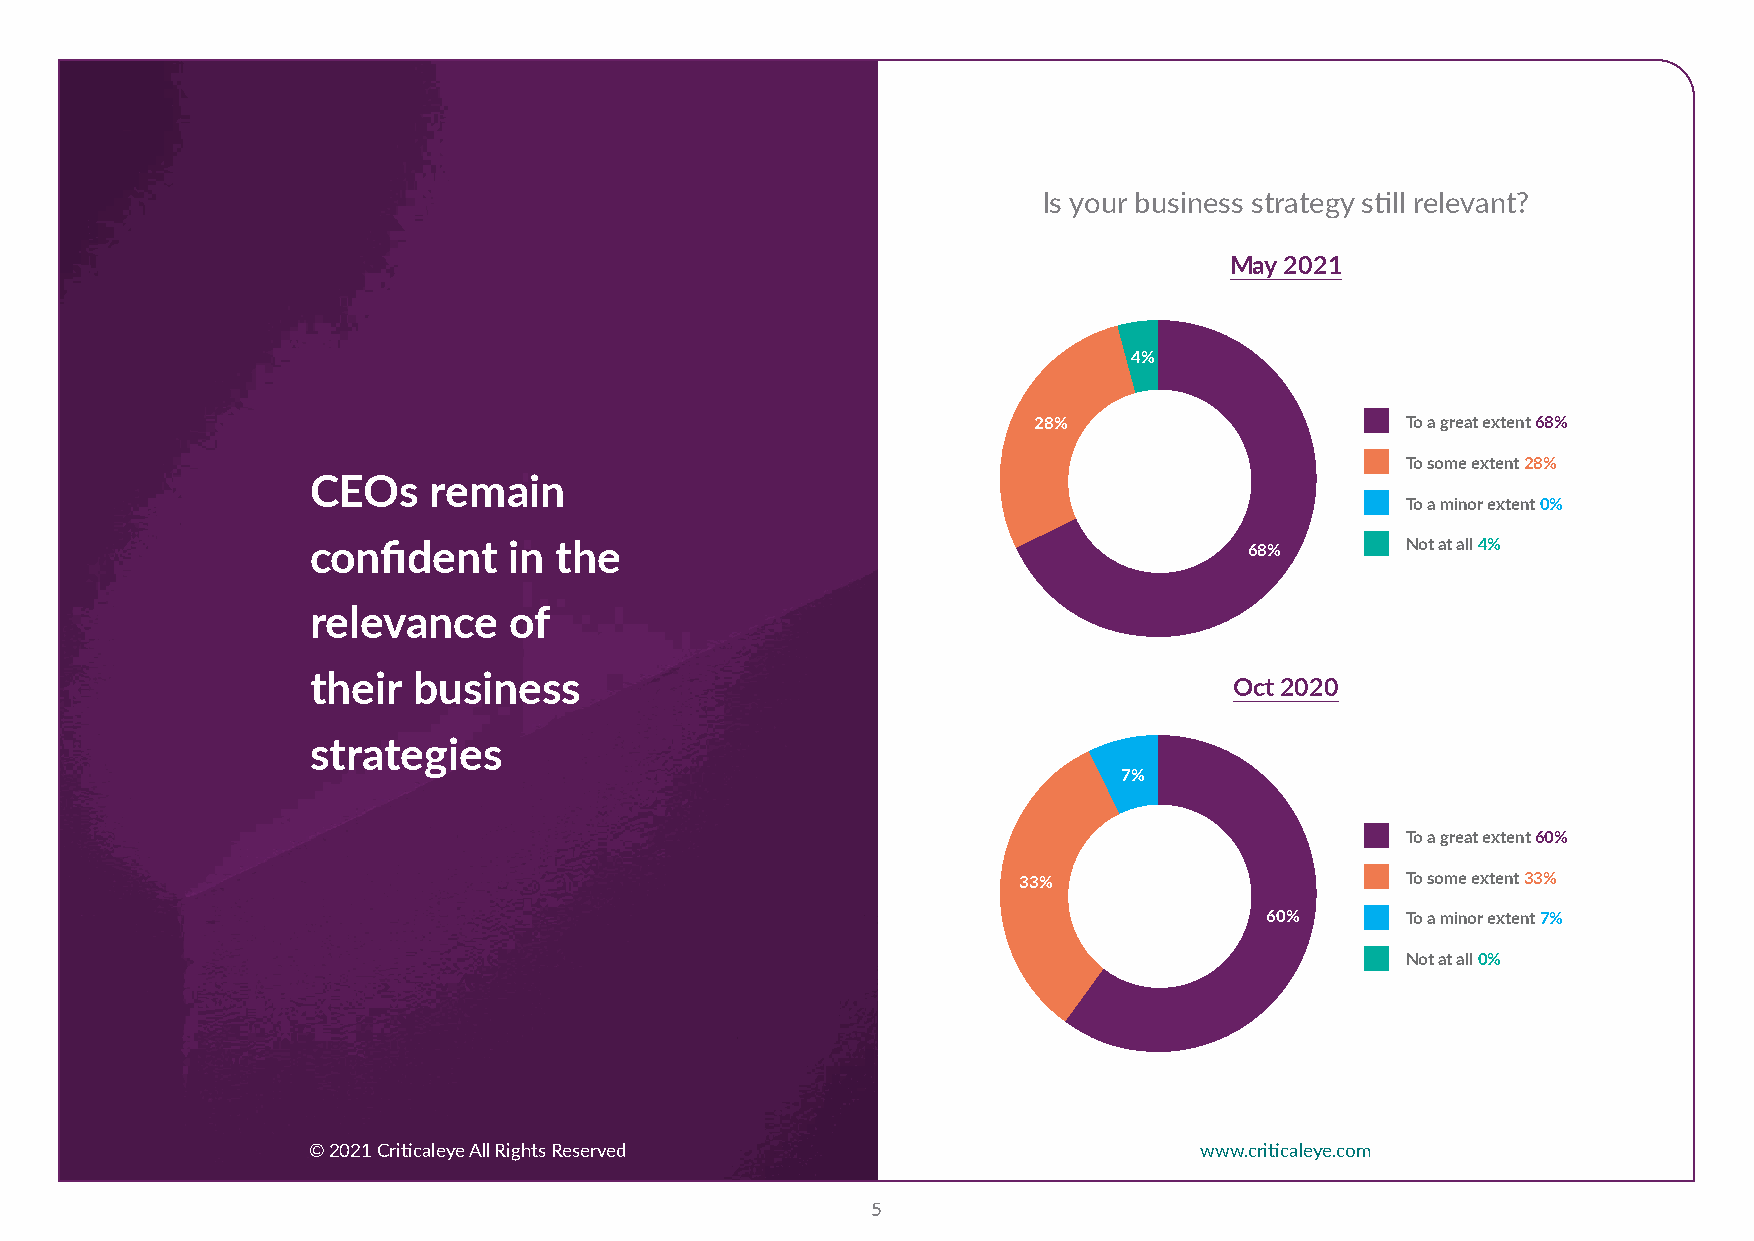
Is your business strategy still relevant?
 May 2021
 4%
 28%                      To a great extent 68%
 To some extent 28%
 CEOs   remain
 To a minor extent 0%
 confident    in the                                           68%       Not at all 4%
 relevance    of
 their business                                               Oct 2020
 strategies
 7%
 To a great extent 60%
 33%                       To some extent 33%
 60%      To a minor extent 7%
 Not at all 0%
 © 2021 Criticaleye All Rights Reserved                     www.criticaleye.com
 5